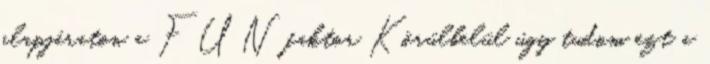
alapjáraton a FUN faktor Körülbelül úgy tudom ezt a